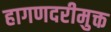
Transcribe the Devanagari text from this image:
हागणदरीमुक्त